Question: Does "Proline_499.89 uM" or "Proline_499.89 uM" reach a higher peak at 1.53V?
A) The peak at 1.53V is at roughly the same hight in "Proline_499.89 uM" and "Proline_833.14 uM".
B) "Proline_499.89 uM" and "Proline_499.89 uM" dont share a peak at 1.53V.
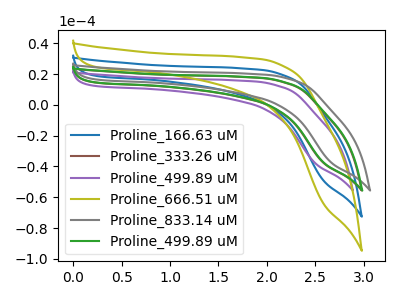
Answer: <think>The blue curve "Proline_166.63 uM" has no peaks. The brown curve "Proline_333.26 uM" has no peaks. The purple curve "Proline_499.89 uM" has no peaks. The olive curve "Proline_666.51 uM" has no peaks. The gray curve "Proline_833.14 uM" has no peaks. The green curve "Proline_499.89 uM" has no peaks.</think>
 <answer>B) "Proline_499.89 uM" and "Proline_499.89 uM" dont share a peak at 1.53V.</answer>
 <eval>B</eval>